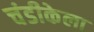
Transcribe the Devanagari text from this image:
चंडीकेला